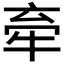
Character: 𪺮